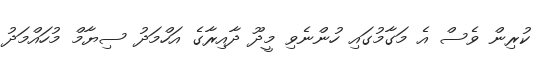
ކުރިން ވެސް އެ މަގާމުގައި ހުންނެވި މީދޫ ދާއިރާގެ އަހްމަދު ސިޔާމް މުހައްމަދު